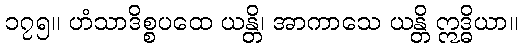
၁၇၅။ ဟံသာဒိစ္စပထေ ယန္တိ၊ အာကာသေ ယန္တိ ဣဒ္ဓိယာ။